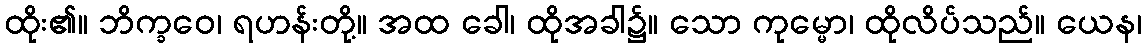
ထိုး၏။ ဘိက္ခဝေ၊ ရဟန်းတို့။ အထ ခေါ၊ ထိုအခါ၌။ သော ကုမ္မော၊ ထိုလိပ်သည်။ ယေန၊